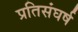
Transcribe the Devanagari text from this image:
प्रतिसंघर्ष